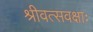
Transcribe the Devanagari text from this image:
श्रीवत्सवक्षाः